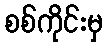
စစ်ကိုင်းမှ